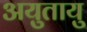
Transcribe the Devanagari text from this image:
अयुतायु